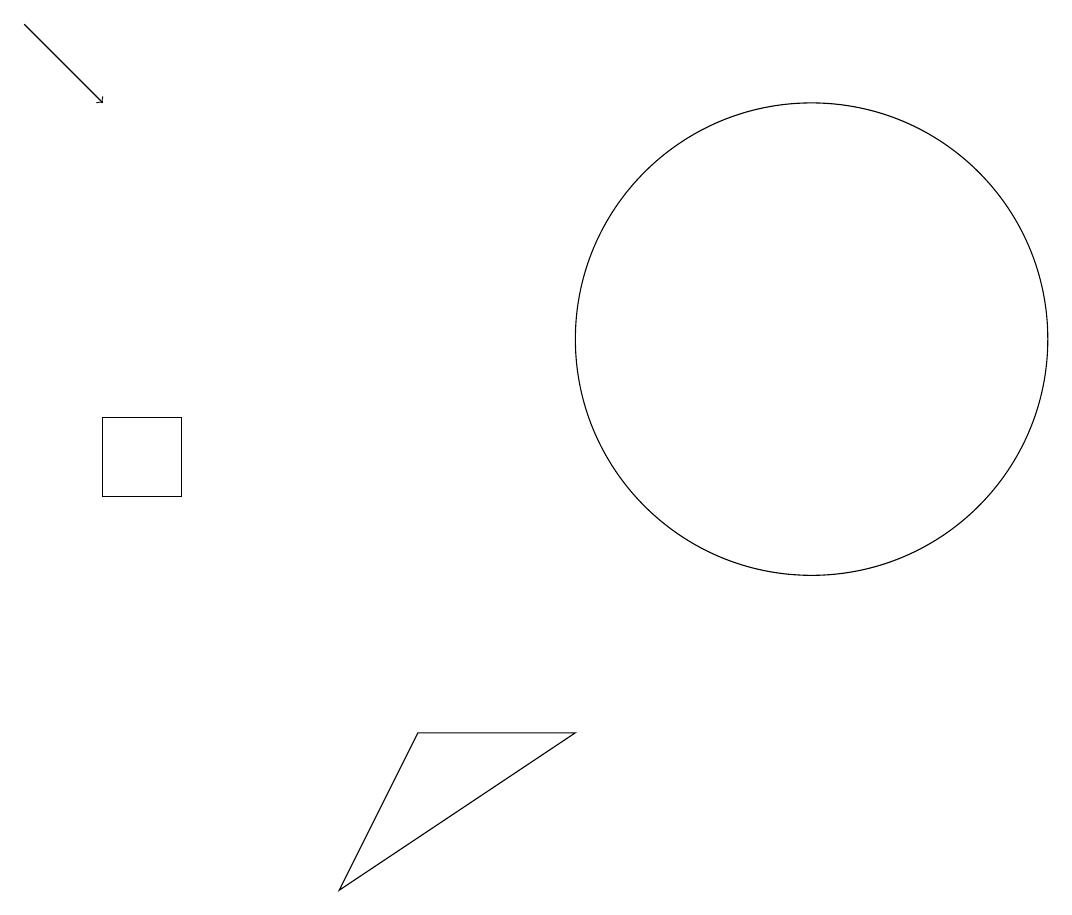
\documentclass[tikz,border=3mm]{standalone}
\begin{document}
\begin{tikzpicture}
\draw[->] (2,16) -- (3,15);
\draw (3,11) rectangle (4,10);
\draw (9,7) -- (6,5) -- (7,7) -- cycle;
\draw (12,12) circle (3);
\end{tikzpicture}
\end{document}